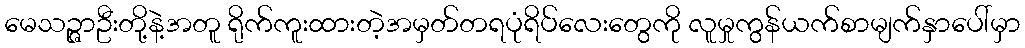
မေသဉ္ဇာဦးတို့နဲ့အတူ ရိုက်ကူးထားတဲ့အမှတ်တရပုံရိပ်လေးတွေကို လူမှုကွန်ယက်စာမျက်နှာပေါ်မှာ